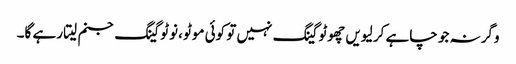
وگرنہ جو چاہے کر لیویں چھوٹو گینگ نہیں تو کوئی موٹو ،نوٹو گینگ جنم لیتا رہے گا۔